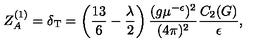
Z _ { A } ^ { ( 1 ) } = \delta _ { \mathrm { T } } = \left( \frac { 1 3 } 6 - \frac \lambda 2 \right) \frac { ( g \mu ^ { - \epsilon } ) ^ { 2 } } { ( 4 \pi ) ^ { 2 } } \frac { C _ { 2 } ( G ) } { \epsilon } ,